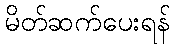
မိတ်ဆက်ပေးရန်